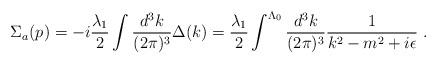
LaTeX: \begin{align*}\Sigma_{a} (p)= -i\frac{\lambda_1}{2} \int \frac{d^3k}{(2\pi)^3}\Delta (k) =\frac{\lambda_1}{2} \int^{\Lambda_0} \frac{d^3k}{(2\pi)^3} \frac{1}{k^2-m^2+i\epsilon}\; .\end{align*}